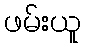
ဖမ်းယူ